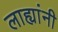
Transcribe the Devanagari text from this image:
लाह्यांनी